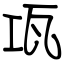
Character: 瓨